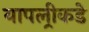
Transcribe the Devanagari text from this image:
यापल्रीकडे